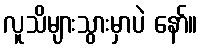
လူသိများသွားမှာပဲ နော်။